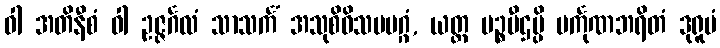
ဝါ အတိနီစံ ဝါ ဥဇ္ဇင်္ဂလံ သာသင်္ကံ အသုစိဝိသမမဂ္ဂံ, ယတ္ထ မဉ္စပီဌမ္ပိ မင်္ကုဏဘရိတံ ဒုရူပံ